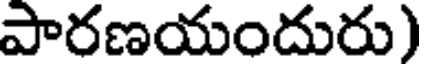
పారణయందురు)